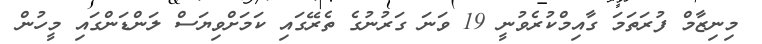
މިނިޒާމް ފުރަތަމަ ގާއިމްކުރެވުނީ 19 ވަނަ ގަރުނުގެ ތެރޭގައި ކަމަށްވިޔަސް ލަންޑަންގައި މީހުން